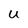
Character: U